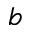
b